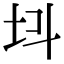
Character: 𡉜